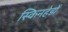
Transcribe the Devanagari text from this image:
स्किनहेडों